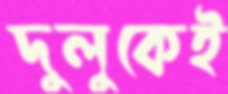
দুলুকেই